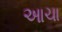
આચા